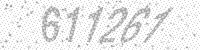
Solution: 611261